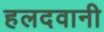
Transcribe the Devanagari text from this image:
हलदवानी